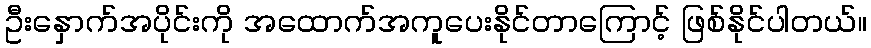
ဦးနှောက်အပိုင်းကို အထောက်အကူပေးနိုင်တာကြောင့် ဖြစ်နိုင်ပါတယ်။